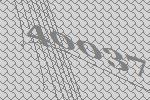
40037